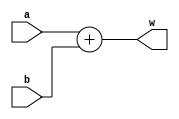
module adder16(input [15:0] a, input [15:0] b, output [15:0] w);
	wire [16:0] t;
	assign t = (a + b);
	assign w = t[15:0];
endmodule